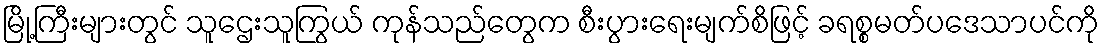
မြို့ကြီးများတွင် သူဌေးသူကြွယ် ကုန်သည်တွေက စီးပွားရေးမျက်စိဖြင့် ခရစ္စမတ်ပဒေသာပင်ကို